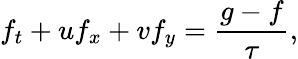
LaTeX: {{f}_{t}}+u{{f}_{x}}+v{{f}_{y}}=\frac{g-f}{\tau},